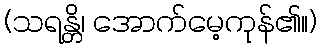
(သရန္တိ၊ အောက်မေ့ကုန်၏။)